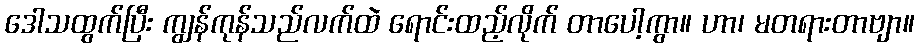
ဒေါသထွက်ပြီး ကျွန်ကုန်သည်လက်ထဲ ရောင်းထည့်လိုက် တာပေါ့ကွာ။ ဟာ၊ မတရားတာဗျာ။